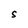
Character: S